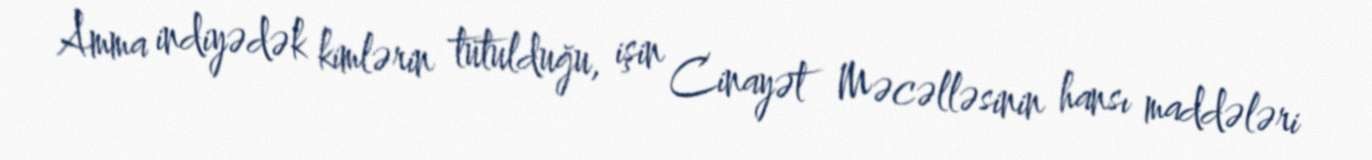
Amma indiyədək kimlərin tutulduğu, işin Cinayət Məcəlləsinin hansı maddələri